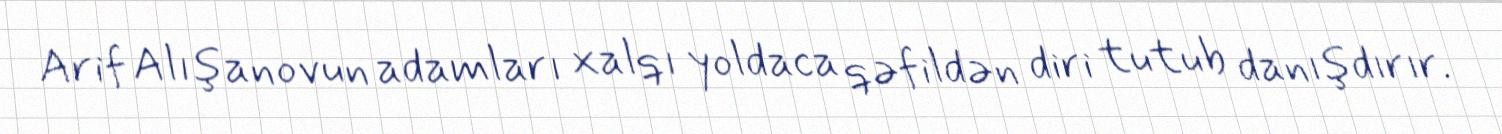
Arif Alışanovun adamları xalqı yoldaca qəfildən diri tutub danışdırır.